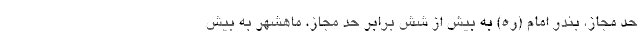
حد مجاز، بندر امام (ره) به بیش از شش برابر حد مجاز، ماهشهر به بیش